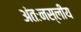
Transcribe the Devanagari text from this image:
अंतःनस्लीय